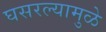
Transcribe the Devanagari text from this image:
घसरल्यामुळे